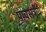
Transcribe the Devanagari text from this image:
पांचरात्रीय